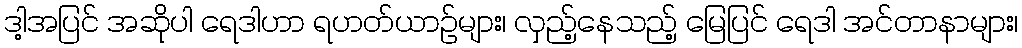
ဒါ့အပြင် အဆိုပါ ရေဒါဟာ ရဟတ်ယာဉ်များ၊ လှည့်နေသည့် မြေပြင် ရေဒါ အင်တာနာများ၊